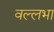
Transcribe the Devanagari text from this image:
वल्लभा